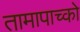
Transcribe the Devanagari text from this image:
तामापाच्को